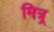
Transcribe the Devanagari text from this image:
मित्र्र